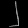
Digit: ၂